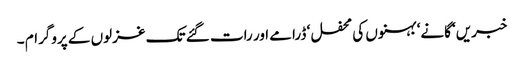
خبریں‘ گانے‘ بہنوں کی محفل ‘ ڈرامے اور رات گئے تک غزلوں کے پروگرام ۔